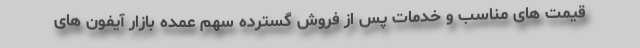
قیمت های مناسب و خدمات پس از فروش گسترده سهم عمده بازار آیفون های